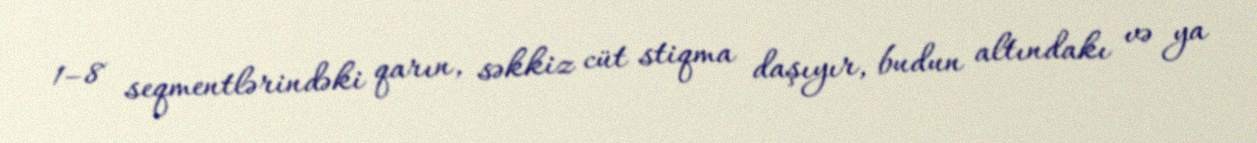
1–8 seqmentlərindəki qarın, səkkiz cüt stiqma daşıyır, budun altındakı və ya